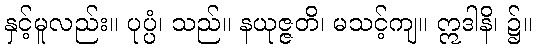
နှင့်မူလည်း။ ပုပ္ပံ၊ သည်။ နယုဇ္ဇတိ၊ မသင့်ကျ။ ဣဒါနိ၊ ၌။